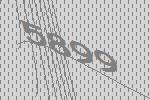
5899